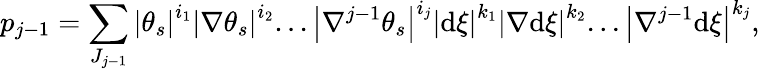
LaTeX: p_{j-1}=\sum_{J_{j-1}}\left\vert\theta_{s}\right\vert^{i_{1}}\left\vert\nabla\theta_{s}\right\vert^{i_{2}}...\left\vert\nabla^{j-1}\theta_{s}\right\vert^{i_{j}}\left\vert\mathrm{d}\xi\right\vert^{k_{1}}\left\vert\nabla\mathrm{d}\xi\right\vert^{k_{2}}...\left\vert\nabla^{j-1}\mathrm{d}\xi\right\vert^{k_{j}},